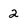
Character: 2